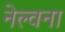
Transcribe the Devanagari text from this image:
नेल्वना